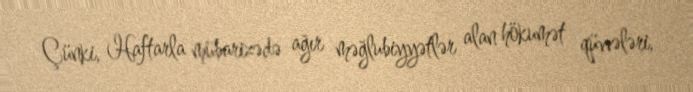
Çünki, Haftarla mübarizədə ağır məğlubiyyətlər alan hökumət qüvvələri,